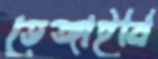
ভেঙ্গাইবি